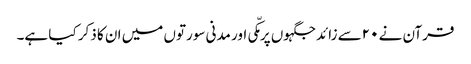
قرآن نے ۲۰سے زائد جگہوں پر مکّی اور مدنی سورتوں میں ان کا ذکر کیا ہے۔